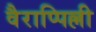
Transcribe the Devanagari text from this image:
वैराप्पिल्ली